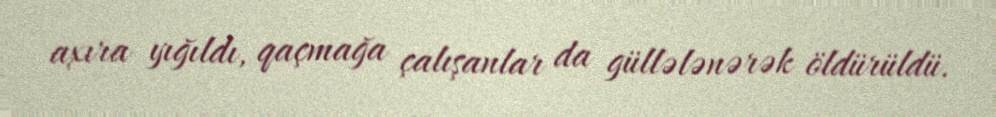
axıra yığıldı, qaçmağa çalışanlar da güllələnərək öldürüldü.